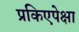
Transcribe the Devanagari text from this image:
प्रकिएपेक्षा